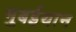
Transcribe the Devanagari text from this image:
मुबईयान